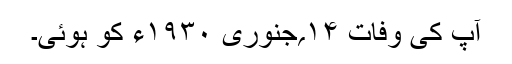
آپ کی وفات ۱۴؍جنوری ۱۹۳۰ء کو ہوئی۔